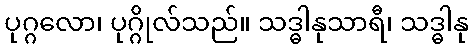
ပုဂ္ဂလော၊ ပုဂ္ဂိုလ်သည်။ သဒ္ဓါနုသာရီ၊ သဒ္ဓါနု